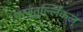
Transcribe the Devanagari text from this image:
मन्जुतुल्लिकल्